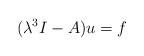
LaTeX: \begin{align*}(\lambda^3 I-A)u=f\end{align*}